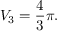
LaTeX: V _ { 3 } = { \frac { 4 } { 3 } } \pi .